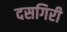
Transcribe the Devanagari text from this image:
दसगिरी